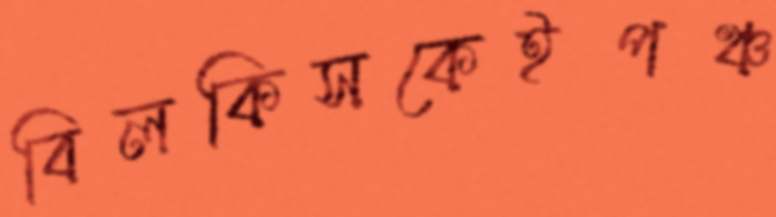
বিলকিসকেইপঞ্চ